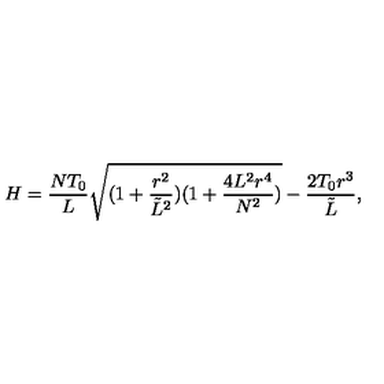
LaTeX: H = \frac { N T _ { 0 } } { L } \sqrt { ( 1 + \frac { r ^ { 2 } } { { \tilde { L } } ^ { 2 } } ) ( 1 + \frac { 4 L ^ { 2 } r ^ { 4 } } { N ^ { 2 } } ) } - \frac { 2 T _ { 0 } r ^ { 3 } } { { \tilde { L } } } ,